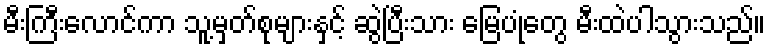
မီးကြီးလောင်ကာ သူ့မှတ်စုများနှင့် ဆွဲပြီးသား မြေပုံတွေ မီးထဲပါသွားသည်။